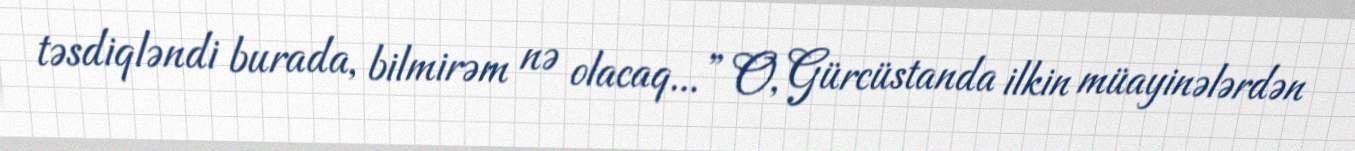
təsdiqləndi burada, bilmirəm nə olacaq...” O, Gürcüstanda ilkin müayinələrdən